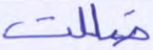
ضللت